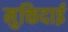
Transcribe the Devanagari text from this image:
मुक्तिदाई